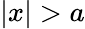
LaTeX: |x|>a